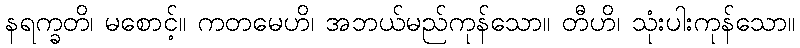
နရက္ခတိ၊ မစောင့်။ ကတမေဟိ၊ အဘယ်မည်ကုန်သော။ တီဟိ၊ သုံးပါးကုန်သော။